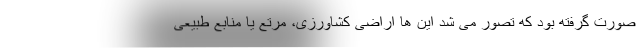
صورت گرفته بود که تصور می شد این ها اراضی کشاورزی، مرتع یا منابع طبیعی